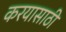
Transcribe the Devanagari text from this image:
करयासाठी